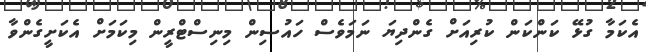
އެކަމާ ގުޅޭ ކަންކަން ކުރިއަށް ގެންދިޔަ ނަމަވެސް ހައުސިން މިނިސްޓްރީން މިކަމަށް އެކަށީގެންވާ